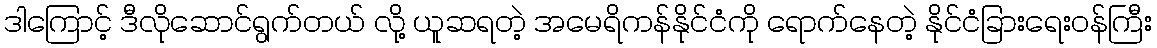
ဒါကြောင့် ဒီလိုဆောင်ရွက်တယ် လို့ ယူဆရတဲ့ အမေရိကန်နိုင်ငံကို ရောက်နေတဲ့ နိုင်ငံခြားရေးဝန်ကြီး